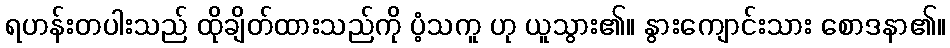
ရဟန်းတပါးသည် ထိုချိတ်ထားသည်ကို ပံ့သကူ ဟု ယူသွား၏။ နွားကျောင်းသား စောဒနာ၏။